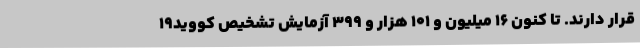
قرار دارند. تا کنون ۱۶ میلیون و ۱۰۱ هزار و ۳۹۹ آزمایش تشخیص کووید۱۹